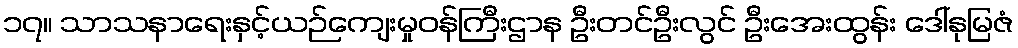
၁၇။ သာသနာရေးနှင့်ယဉ်ကျေးမှုဝန်ကြီးဌာန ဦးတင်ဦးလွင် ဦးအေးထွန်း ဒေါ်နုမြဇံ